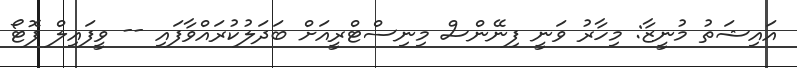
އައިޝަތު މުނީޒާ: މިހާރު ވަނީ ފިނޭންސް މިނިސްޓްރީއަށް ބަދަލުކުރައްވާފައި -- ވީފައިލް ފޮޓޯ